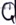
Text: Q